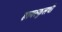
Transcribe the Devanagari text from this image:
हायस्कुलची